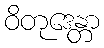
ဝိတုဒေန္တာ